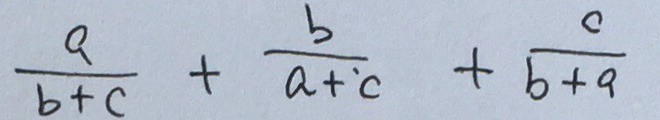
\frac { a } { b + c } + \frac { b } { a + ^ { . } c } + \frac { c } { b + a }